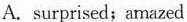
A. surprised; amazed